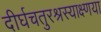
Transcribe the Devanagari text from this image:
दीर्घचतुरश्रस्याक्ष्णया